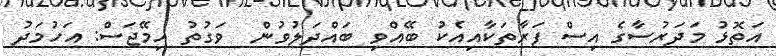
އަތޮޅު މަދަރުސާގެ އިސް ފަރާތަކާއިއެކު ބޭއްވި ބައްދަލުވުން  ވަގުތު އިމޭޖަސް: އަހުމަދު